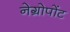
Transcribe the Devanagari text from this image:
नेग्रोपोंट